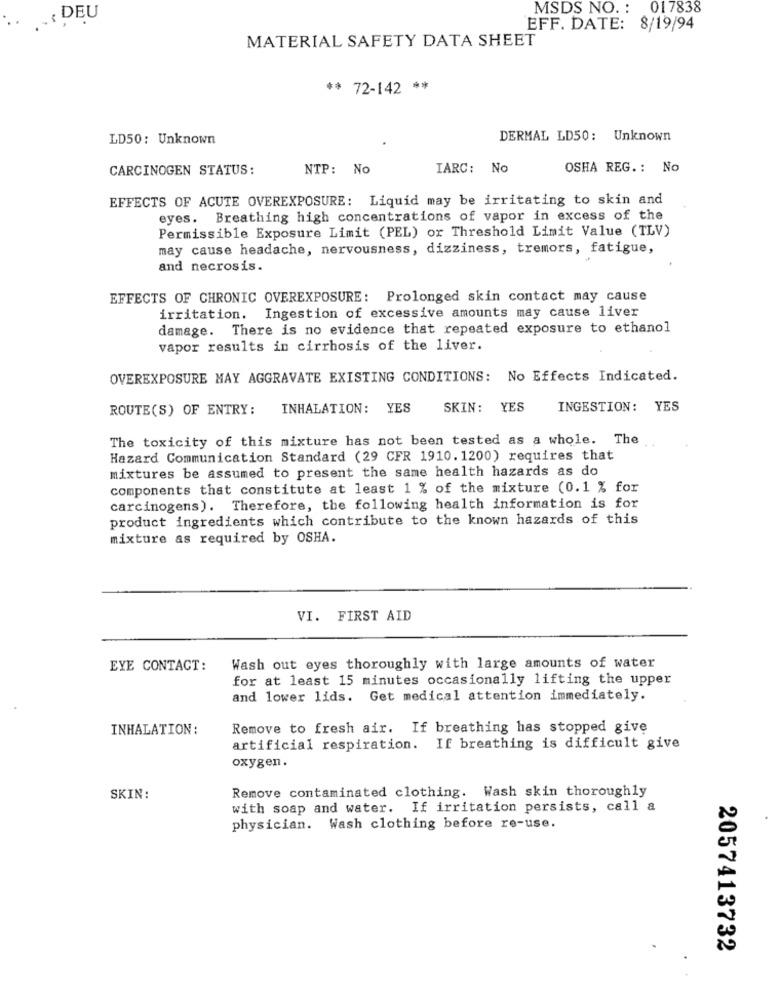
MSDS NO. : 017838
. DEU
EFF. DATE: 8/19/94
MATERIAL SAFETY DATA SHEET
** 72-142 **
LD50: Unknown
DERMAL LD50: Unknown
CARCINOGEN STATUS:
NTP: No
IARC: No
OSHA REG .: No
EFFECTS OF ACUTE OVEREXPOSURE: Liquid may be irritating to skin and
eyes. Breathing high concentrations of vapor in excess of the
Permissible Exposure Limit (PEL) or Threshold Limit Value (TLV)
may cause headache, nervousness, dizziness, tremors, fatigue,
and necrosis.
EFFECTS OF CHRONIC OVEREXPOSURE: Prolonged skin contact may cause
Ingestion of excessive amounts may cause liver
irritation.
damage. There is no evidence that repeated exposure to ethanol
vapor results in cirrhosis of the liver.
OVEREXPOSURE MAY AGGRAVATE EXISTING CONDITIONS: No Effects Indicated.
ROUTE(S) OF ENTRY: INHALATION: YES
SKIN: YES
INGESTION: YES
The toxicity of this mixture has not been tested as a whole. The
Hazard Communication Standard (29 CFR 1910. 1200) requires that
mixtures be assumed to present the same health hazards as do
components that constitute at least 1 % of the mixture (0.1 % for
carcinogens). Therefore, the following health information is for
product ingredients which contribute to the known hazards of this
mixture as required by OSHA.
VI. FIRST AID
EYE CONTACT:
Wash out eyes thoroughly with large amounts of water
for at least 15 minutes occasionally lifting the upper
and lower lids. Get medical attention immediately.
INHALATION:
Remove to fresh air. If breathing has stopped give
artificial respiration. If breathing is difficult give
oxygen.
Remove contaminated clothing. Wash skin thoroughly
SKIN:
with soap and water. If irritation persists, call a
physician. Wash clothing before re-use.
2057413732